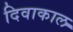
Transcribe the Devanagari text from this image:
दिवाकाल